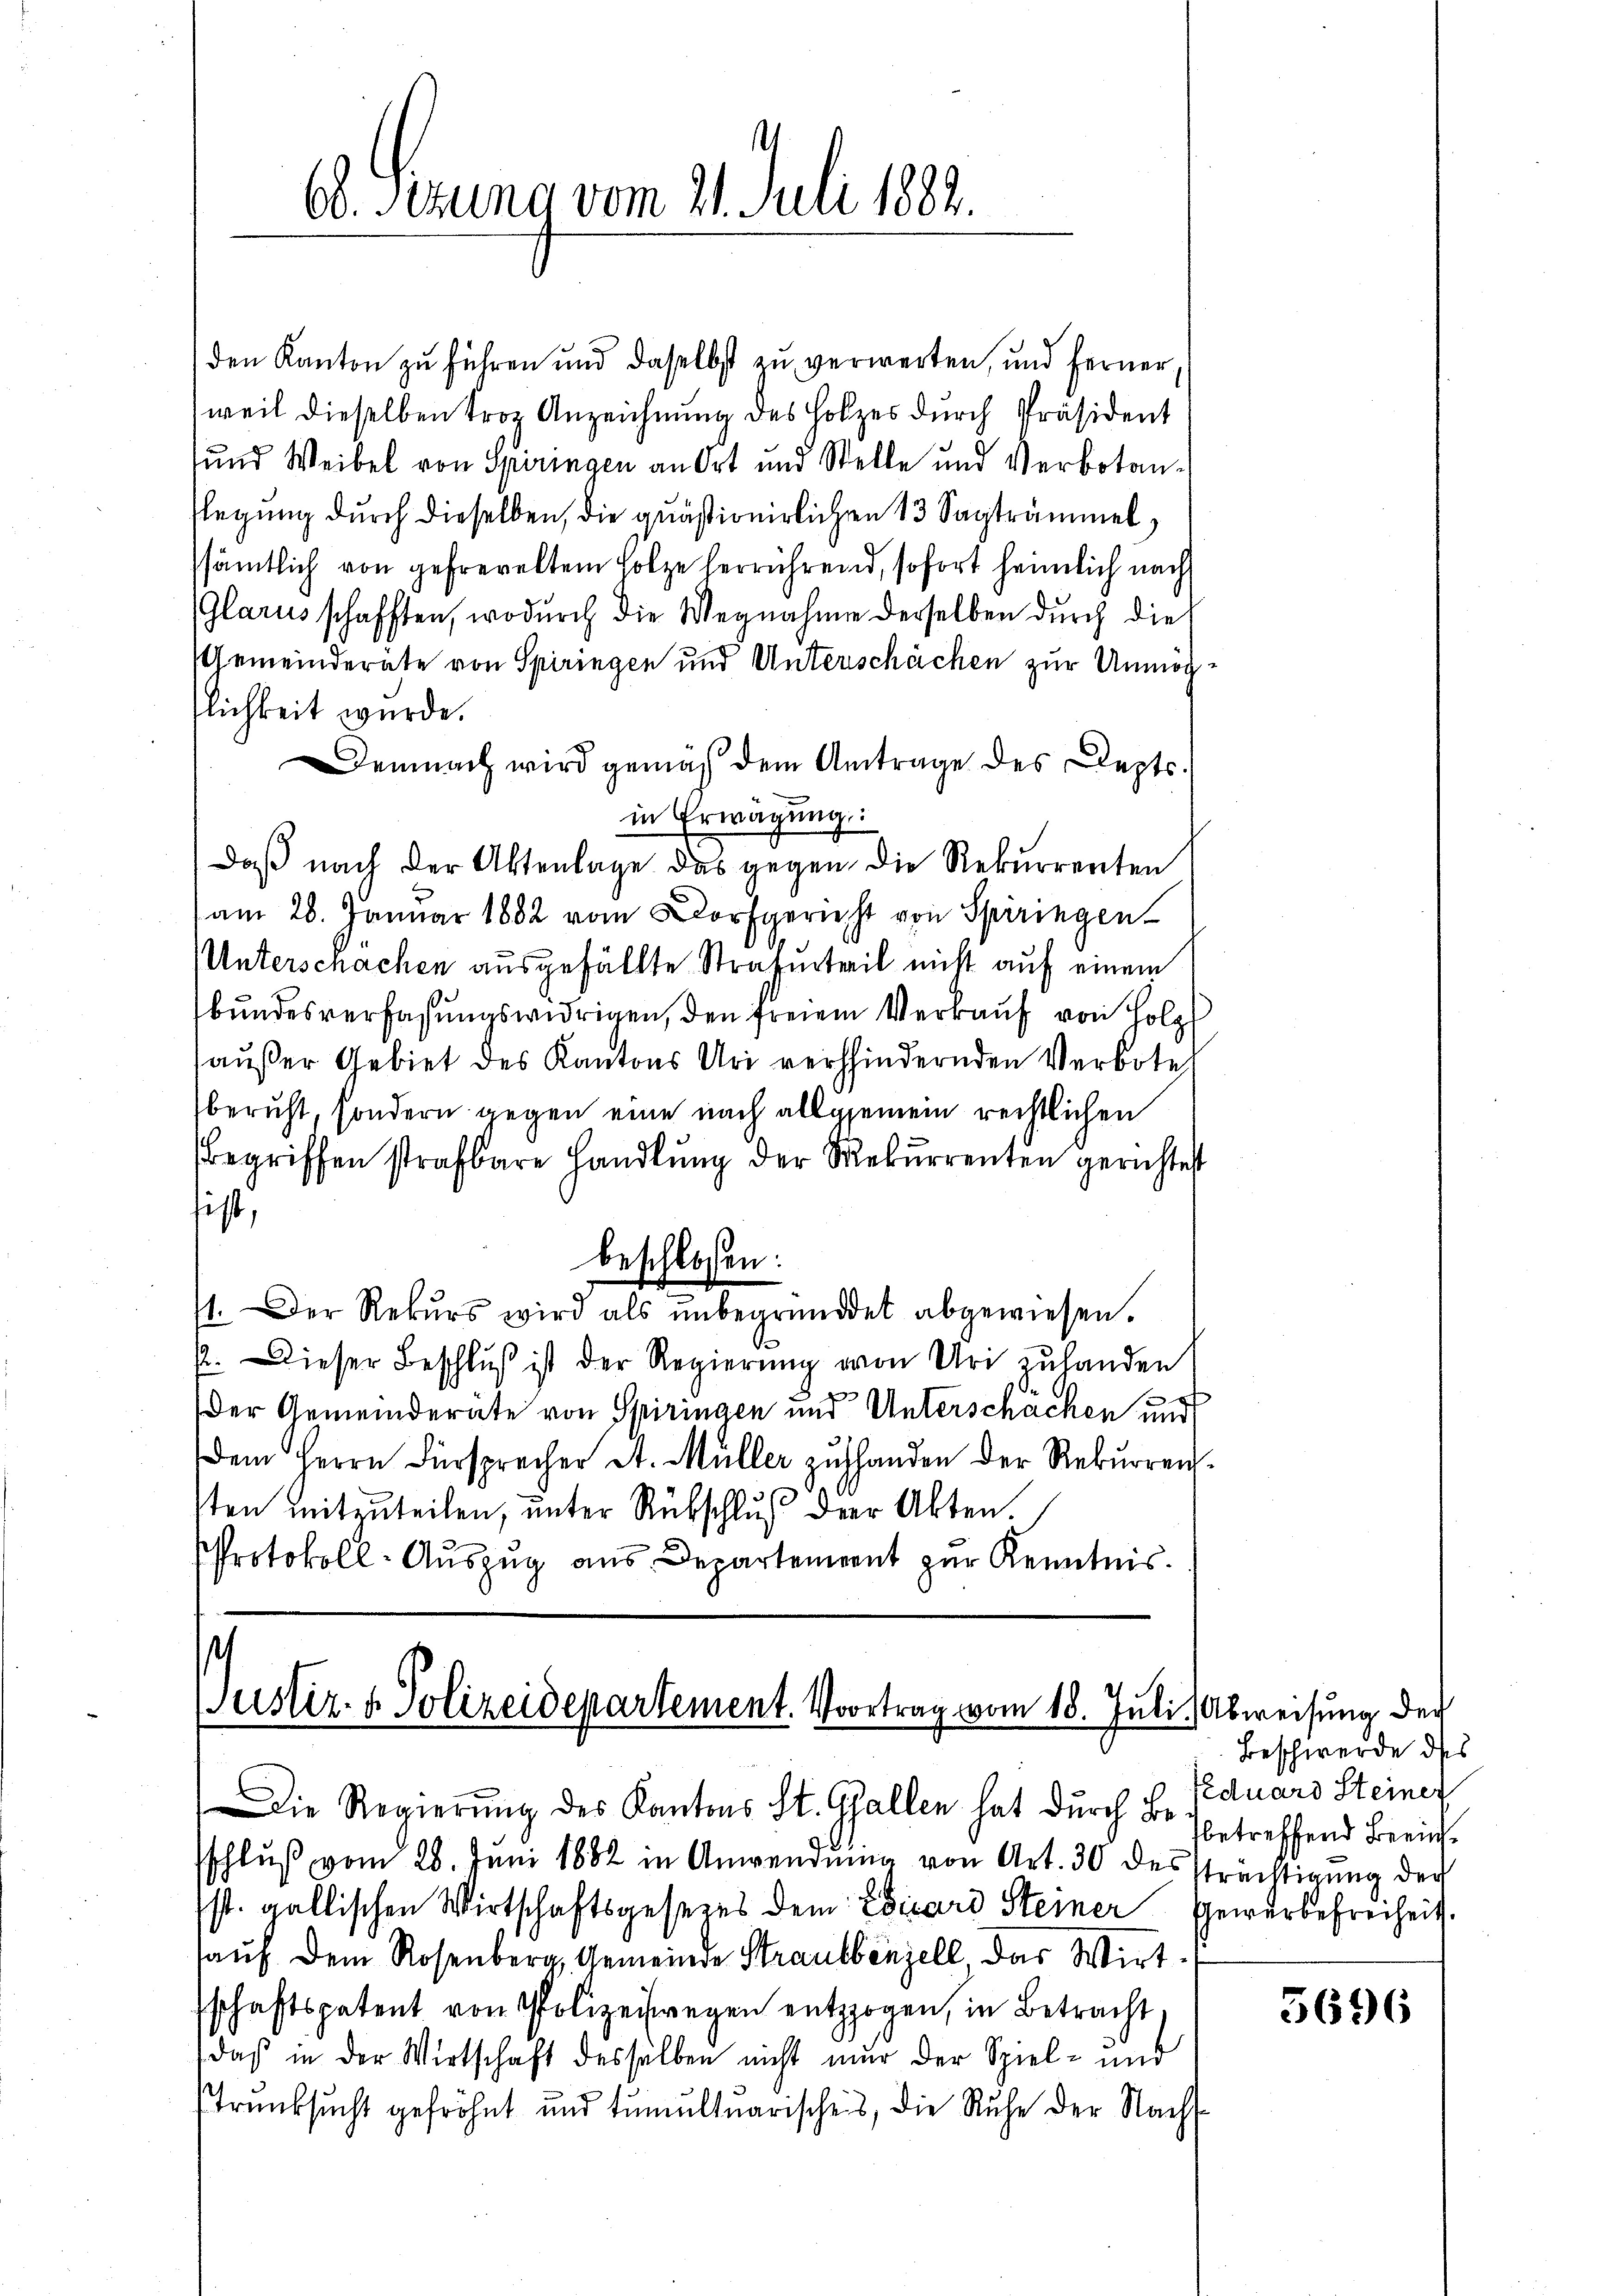
66. Verung vom 21. Juli 1884.

den Kanton zu führen und daselbst zu verwerten, und ferner,
weil dieselben trop Anzeichnung des Holzes durch Präsident
und Weibel von Spiringen an Ort und Stelle und Verbotanflegung durch dieselben, die quästionirlichen 13 Sagtrammel
ssämtlich von gefreveltem Holze herrührend, sofort heimlich nach
Glarus schafften, wodurch die Wegnahme derselben durch die
Gemeinderate von Spiringen und Unterschächen zur Unmögtlichkeit wurde.
Demnach wird gemäß dem Antrage des Lepts
in Erwägung:
Daß nach der Aktenlage das gegen die Rekurrenten
am 26. Januar 1882 vom Dorfgericht von Spiringen
Unterschachen ausgefällte Strafurteil nicht auf einem
bundesverfassungswidrigen, den freien Verkauf von Holz
haußer Gebiet des Kantons Uri verhindernden Verbote
beruht, sondern gegen eine nach allgemein rechtlichen
begriffen strafbare Handlŭng der Rekurrenten gerichtet
tist,
beschlossen:
1. Der Rekŭrs wird als ŭnbegründet abgewiesen.
p. Dieser Beschluß ist der Regierung von Uri zuhanden
Der Gemeinderate von Spiringen und Unterschächen und
Dem Herrn Fürsprecher A. Müller zŭ handen der Rekŭrren-
sten mitzuteilen, unter Rübschluß der Akten.
Protokoll-Auszug aus Departement zur Kenntnis.

s
Justiz- & Polizeidepartement. Vortrag vom 18. Juli, Abweisung der

Die Regierŭng des Kantons St. Gallen hat durch B. betreffend Beeinssschlŭβ vom 28. Juni 1882 in Anwendŭng von Art. 30 dessträchtigung der
st. gallischen Wirtschaftsgesetzes dem Esicard Steiner Gewerbefreiheit.
sauf dem Rosenberg Gemeinde Strautbenzell das Wirt-
schaftspatent von Polizeiwegen entzogen, in Betracht,
daß in der Wirtschaft desselben nicht nur der Spiel- und
Trunksucht gefröhnt und tumultuarischeis, die Ruhe der Nach-

Beschwerde des
feduard Steiner

5696